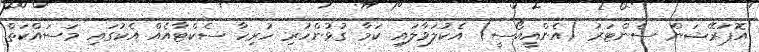
އޮޕަރޭޝަން ސެންޓަރު (އެންއީއޯސީ) އެކުލަވާލައި ކަމާ ގުޅުންހުރި ހުރިހާ ސެކްޓާއެއް އެކުގައި މަސައްކަތް